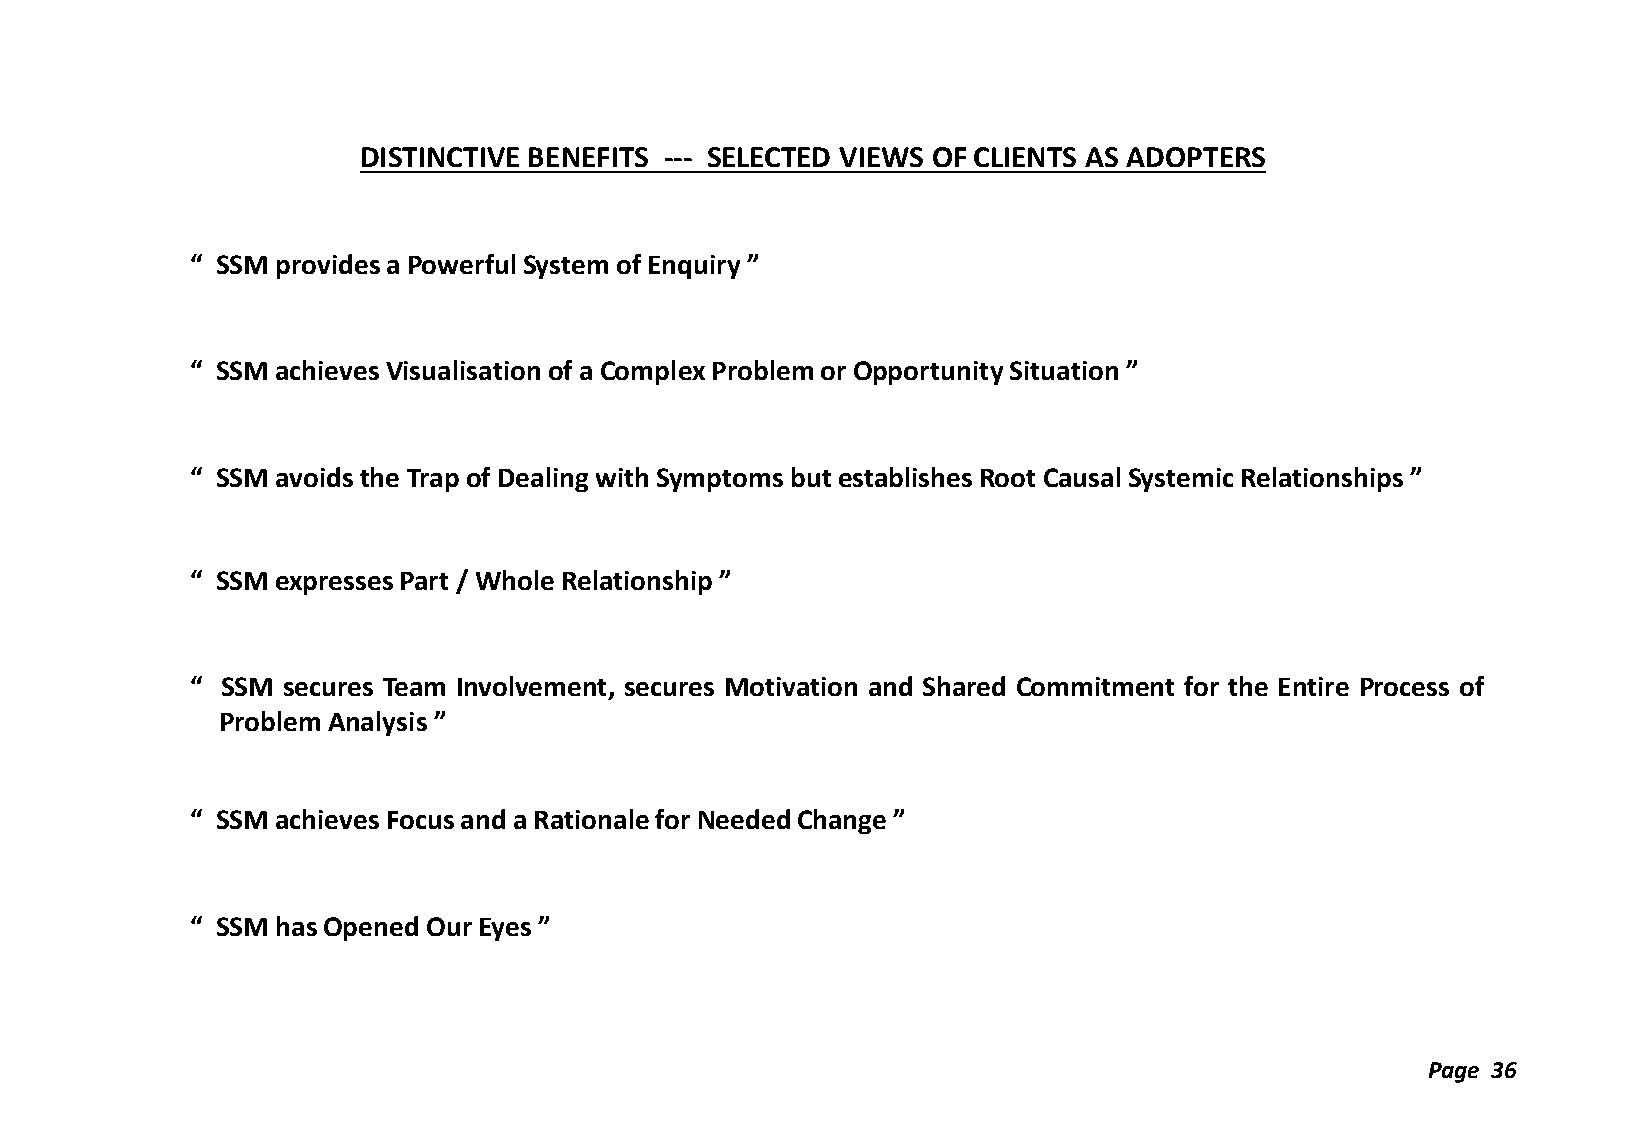
DISTINCTIVE BENEFITS --- SELECTED VIEWS OF CLIENTS AS ADOPTERS
 “ SSM provides a Powerful System of Enquiry ”
 “ SSM achieves Visualisation of a Complex Problem or Opportunity Situation ”
 “ SSM avoids the Trap of Dealing with Symptoms but establishes Root Causal Systemic Relationships ”
 “ SSM expresses Part / Whole Relationship ”
 “ SSM secures Team Involvement, secures Motivation and Shared Commitment for the Entire Process of
 Problem Analysis ”
 “ SSM achieves Focus and a Rationale for Needed Change ”
 “ SSM has Opened Our Eyes ”
 Page 36